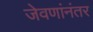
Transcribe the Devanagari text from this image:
जेवणांनंतर